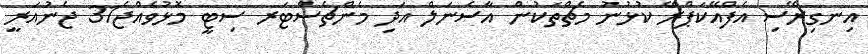
އިނގިރޭސި އެފްއޭކަޕްރޭ ކުޅުނު މެޗްތަކުން އާސެނަލް އަދި މެންޗެސްޓަރ ސިޓީ މޮޅުވެއްޖެ31 ޖެނުއަރީ